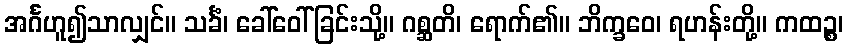
အင်္ဂဟူ၍သာလျှင်။ သင်္ခံ၊ ခေါ်ဝေါ်ခြင်းသို့။ ဂစ္ဆတိ၊ ရောက်၏။ ဘိက္ခဝေ၊ ရဟန်းတို့။ ကထဉ္စ၊